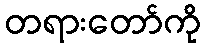
တရားတော်ကို